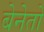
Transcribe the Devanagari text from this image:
बेनेतो